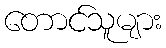
တောင်သူများ